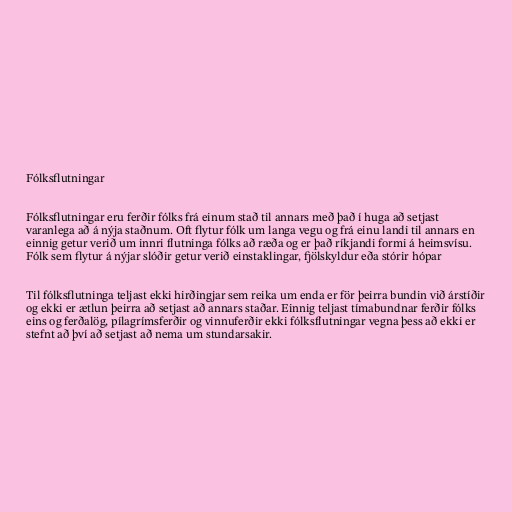
Fólksflutningar

Fólksflutningar eru ferðir fólks frá einum stað til annars með það í huga að setjast
varanlega að á nýja staðnum. Oft flytur fólk um langa vegu og frá einu landi til annars en
einnig getur verið um innri flutninga fólks að ræða og er það ríkjandi formi á heimsvísu.
Fólk sem flytur á nýjar slóðir getur verið einstaklingar, fjölskyldur eða stórir hópar

Til fólksflutninga teljast ekki hirðingjar sem reika um enda er för þeirra bundin við árstíðir
og ekki er ætlun þeirra að setjast að annars staðar. Einnig teljast tímabundnar ferðir fólks
eins og ferðalög, pílagrímsferðir og vinnuferðir ekki fólksflutningar vegna þess að ekki er
stefnt að því að setjast að nema um stundarsakir.